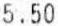
5.50